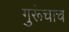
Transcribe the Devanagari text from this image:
गुरूंचाच